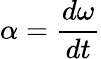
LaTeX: \alpha={\frac{d\omega}{dt}}